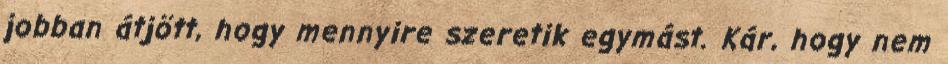
jobban átjött, hogy mennyire szeretik egymást. Kár, hogy nem